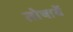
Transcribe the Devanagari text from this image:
तोषावें